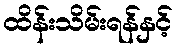
ထိန်းသိမ်းရန်နှင့်